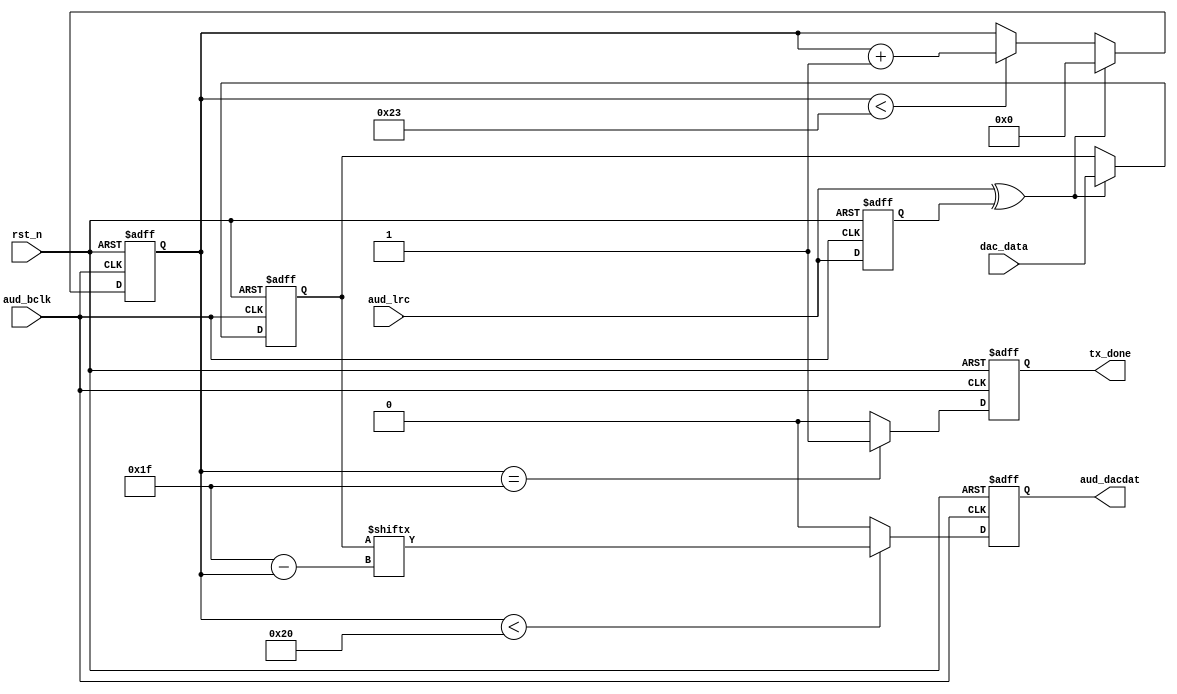
module audio_send #(
    parameter WL = 6'd32
) (
    input             rst_n,
    input             aud_bclk,
    input             aud_lrc,
    output reg        aud_dacdat,
    input      [31:0] dac_data,
    output reg        tx_done
);

  reg         aud_lrc_d0;
  reg  [ 5:0] tx_cnt;
  reg  [31:0] dac_data_t;
  wire        lrc_edge;

  assign lrc_edge = aud_lrc ^ aud_lrc_d0;

  always @(posedge aud_bclk or negedge rst_n) begin
    if (!rst_n) aud_lrc_d0 <= 1'b0;
    else aud_lrc_d0 <= aud_lrc;
  end

  always @(posedge aud_bclk or negedge rst_n) begin
    if (!rst_n) begin
      tx_cnt     <= 6'd0;
      dac_data_t <= 32'd0;
    end else if (lrc_edge == 1'b1) begin
      tx_cnt     <= 6'd0;
      dac_data_t <= dac_data;
    end else if (tx_cnt < 6'd35) tx_cnt <= tx_cnt + 1'b1;
  end

  always @(posedge aud_bclk or negedge rst_n) begin
    if (!rst_n) begin
      tx_done <= 1'b0;
    end else if (tx_cnt == 6'd31) tx_done <= 1'b1;
    else tx_done <= 1'b0;
  end

  always @(negedge aud_bclk or negedge rst_n) begin
    if (!rst_n) begin
      aud_dacdat <= 1'b0;
    end else if (tx_cnt < WL) aud_dacdat <= dac_data_t[WL-1'd1-tx_cnt];
    else aud_dacdat <= 1'b0;
  end

endmodule